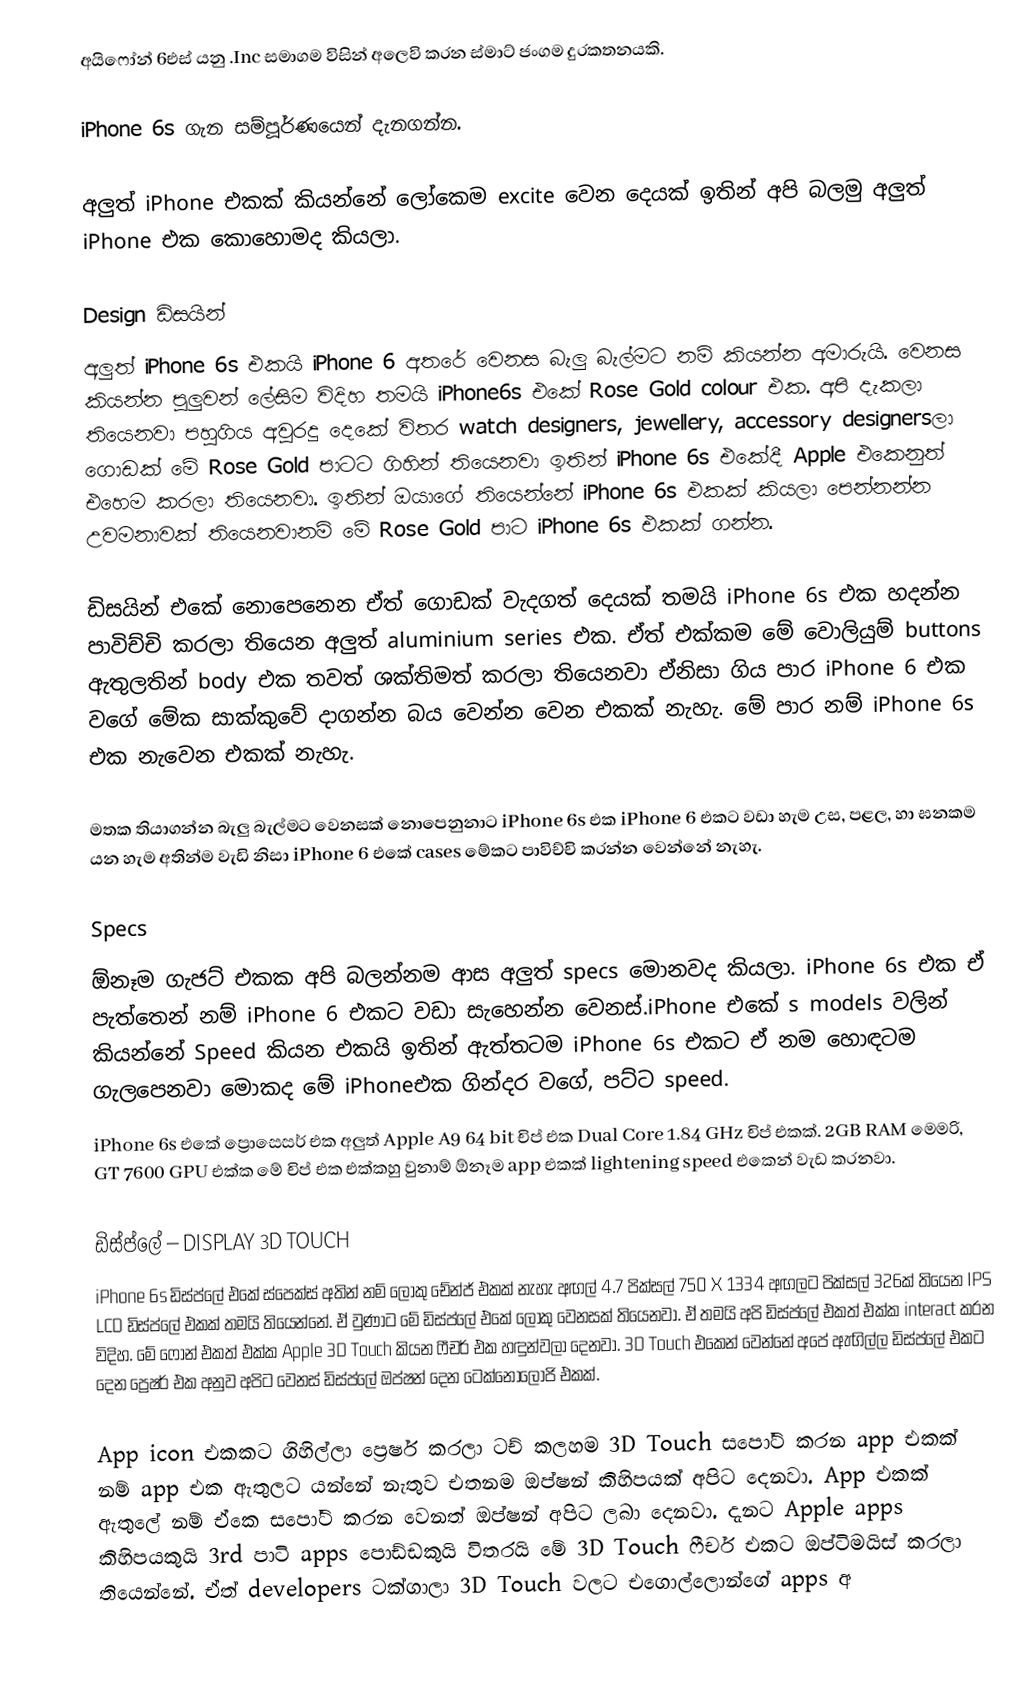
අයිෆෝන් 6එස් යනු .Inc සමාගම විසින් අලෙවි කරන ස්මාට් ජංගම දුරකතනයකි.

iPhone 6s ගැන සම්පූර්ණයෙන් දැනගන්න.

අලුත් iPhone එකක් කියන්නේ ලෝකෙම excite වෙන දෙයක් ඉතින් අපි බලමු අලුත් iPhone එක කොහොමද කියලා.

Design  ඩිසයින්
අලුත් iPhone 6s එකයි  iPhone 6 අතරේ වෙනස බැලු බැල්මට නම් කියන්න අමාරුයි. වෙනස කියන්න පුලුවන් ලේසිම විදිහ තමයි iPhone6s එකේ Rose Gold colour එක. අපි දැකලා තියෙනවා පහුගිය අවුරදු දෙකේ විතර watch designers, jewellery, accessory designersලා ගොඩක් මේ Rose Gold පාටට ගිහින් තියෙනවා ඉතින් iPhone 6s එකේදී Apple එකෙනුත් එහෙම කරලා තියෙනවා. ඉතින් ඔයාගේ තියෙන්නේ iPhone 6s එකක් කියලා පෙන්නන්න උවමනාවක් තියෙනවානම් මේ Rose Gold පාට iPhone 6s එකක් ගන්න.

ඩිසයින් එකේ නොපෙනෙන ඒත් ගොඩක් වැදගත් දෙයක් තමයි iPhone 6s එක හදන්න පාවිච්චි කරලා තියෙන අලුත් aluminium series එක. ඒත් එක්කම මේ වොලියුම් buttons ඇතුලතින් body එක තවත් ශක්තිමත් කරලා තියෙනවා ඒනිසා ගිය පාර iPhone 6 එක වගේ මේක සාක්කුවේ දාගන්න බය වෙන්න වෙන එකක් නැහැ. මේ පාර නම් iPhone 6s එක නැවෙන එකක් නැහැ.

මතක තියාගන්න බැලු බැල්මට වෙනසක් නොපෙනුනාට iPhone 6s එක iPhone 6 එකට වඩා හැම උස, පළල, හා ඝනකම යන හැම අතින්ම වැඩි නිසා iPhone 6 එකේ cases මේකට පාවිච්චි කරන්න වෙන්නේ නැහැ.

Specs
ඕනෑම ගැජට් එකක අපි බලන්නම ආස අලුත් specs මොනවද කියලා. iPhone 6s එක ඒ පැත්තෙන් නම් iPhone 6 එකට වඩා සැහෙන්න වෙනස්.iPhone එකේ s models වලින් කියන්නේ Speed කියන එකයි ඉතින් ඇත්තටම iPhone 6s එකට ඒ නම හොඳටම ගැලපෙනවා මොකද මේ iPhoneඑක ගින්දර වගේ, පට්ට speed.
iPhone 6s එකේ ප්‍රොසෙසර් එක අලුත් Apple A9 64 bit චිප් එක Dual Core 1.84 GHz චිප් එකක්. 2GB RAM මෙමරි, GT 7600 GPU  එක්ක මේ චිප් එක එක්කහු වුනාම් ඕනෑම app එකක් lightening speed එකෙන් වැඩ කරනවා.

ඩිස්ප්ලේ – DISPLAY 3D TOUCH
iPhone 6s ඩිස්ප්ලේ එකේ ස්පෙක්ස් අතින් නම් ලොකු චේන්ජ් එකක් නැහැ අඟල් 4.7 පික්සල් 750 X 1334 අඟලට පික්සල් 326ක් තියෙන IPS LCD ඩිස්ප්ලේ එකක් තමයි තියෙන්නේ. ඒ වුණාට මේ ඩිස්ප්ලේ එකේ ලොකු වෙනසක් තියෙනවා. ඒ තමයි අපි ඩිස්ප්ලේ එකත් එක්ක interact කරන විදිහ. මේ ෆෝන් එකත් එක්ක Apple 3D Touch කියන ෆීචර් එක හඳුන්වලා දෙනවා. 3D Touch එකෙන් වෙන්නේ අපේ ඇඟිල්ල ඩිස්ප්ලේ එකට දෙන ප්‍රෙෂර් එක අනුව අපිට වෙනස් ඩිස්ප්ලේ ඔප්ෂන් දෙන ටෙක්නොලොජි එකක්.

App icon එකකට ගිහිල්ලා ප්‍රෙෂර් කරලා ටච් කලහම 3D Touch සපෝට් කරන app එකක් නම් app එක ඇතුලට යන්නේ නැතුව එතනම ඔප්ෂන් කිහිපයක් අපිට දෙනවා. App එකක් ඇතුලේ නම් ඒකෙ සපෝට් කරන වෙනත් ඔප්ෂන් අපිට ලබා දෙනවා. දැනට Apple apps කිහිපයකුයි 3rd පාටි apps පොඩ්ඩකුයි විතරයි මේ 3D Touch ෆීචර් එකට ඔප්ටිමයිස් කරලා තියෙන්නේ. ඒත්  developers ටක්ගාලා 3D Touch වලට එගොල්ලොන්ගේ apps අ